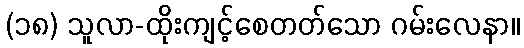
(၁၈) သူလာ-ထိုးကျင့်စေတတ်သော ဂမ်းလေနာ။